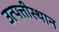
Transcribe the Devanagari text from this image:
उत्पत्तीस्थान